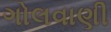
ગોલવાણી